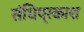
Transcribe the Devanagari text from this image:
संधिप्रकाश